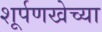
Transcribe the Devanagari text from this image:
शूर्पणखेच्या